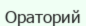
Ораторий